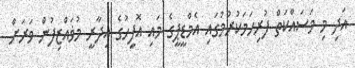
އަދި މި މަސައްކަތް ފުރިހަމަކުރުމުގައި އެމްޑީޕީގެ މައި އޮފީހުގެ އިދާރީ މުޥައްޒިފުން ވަރަށް